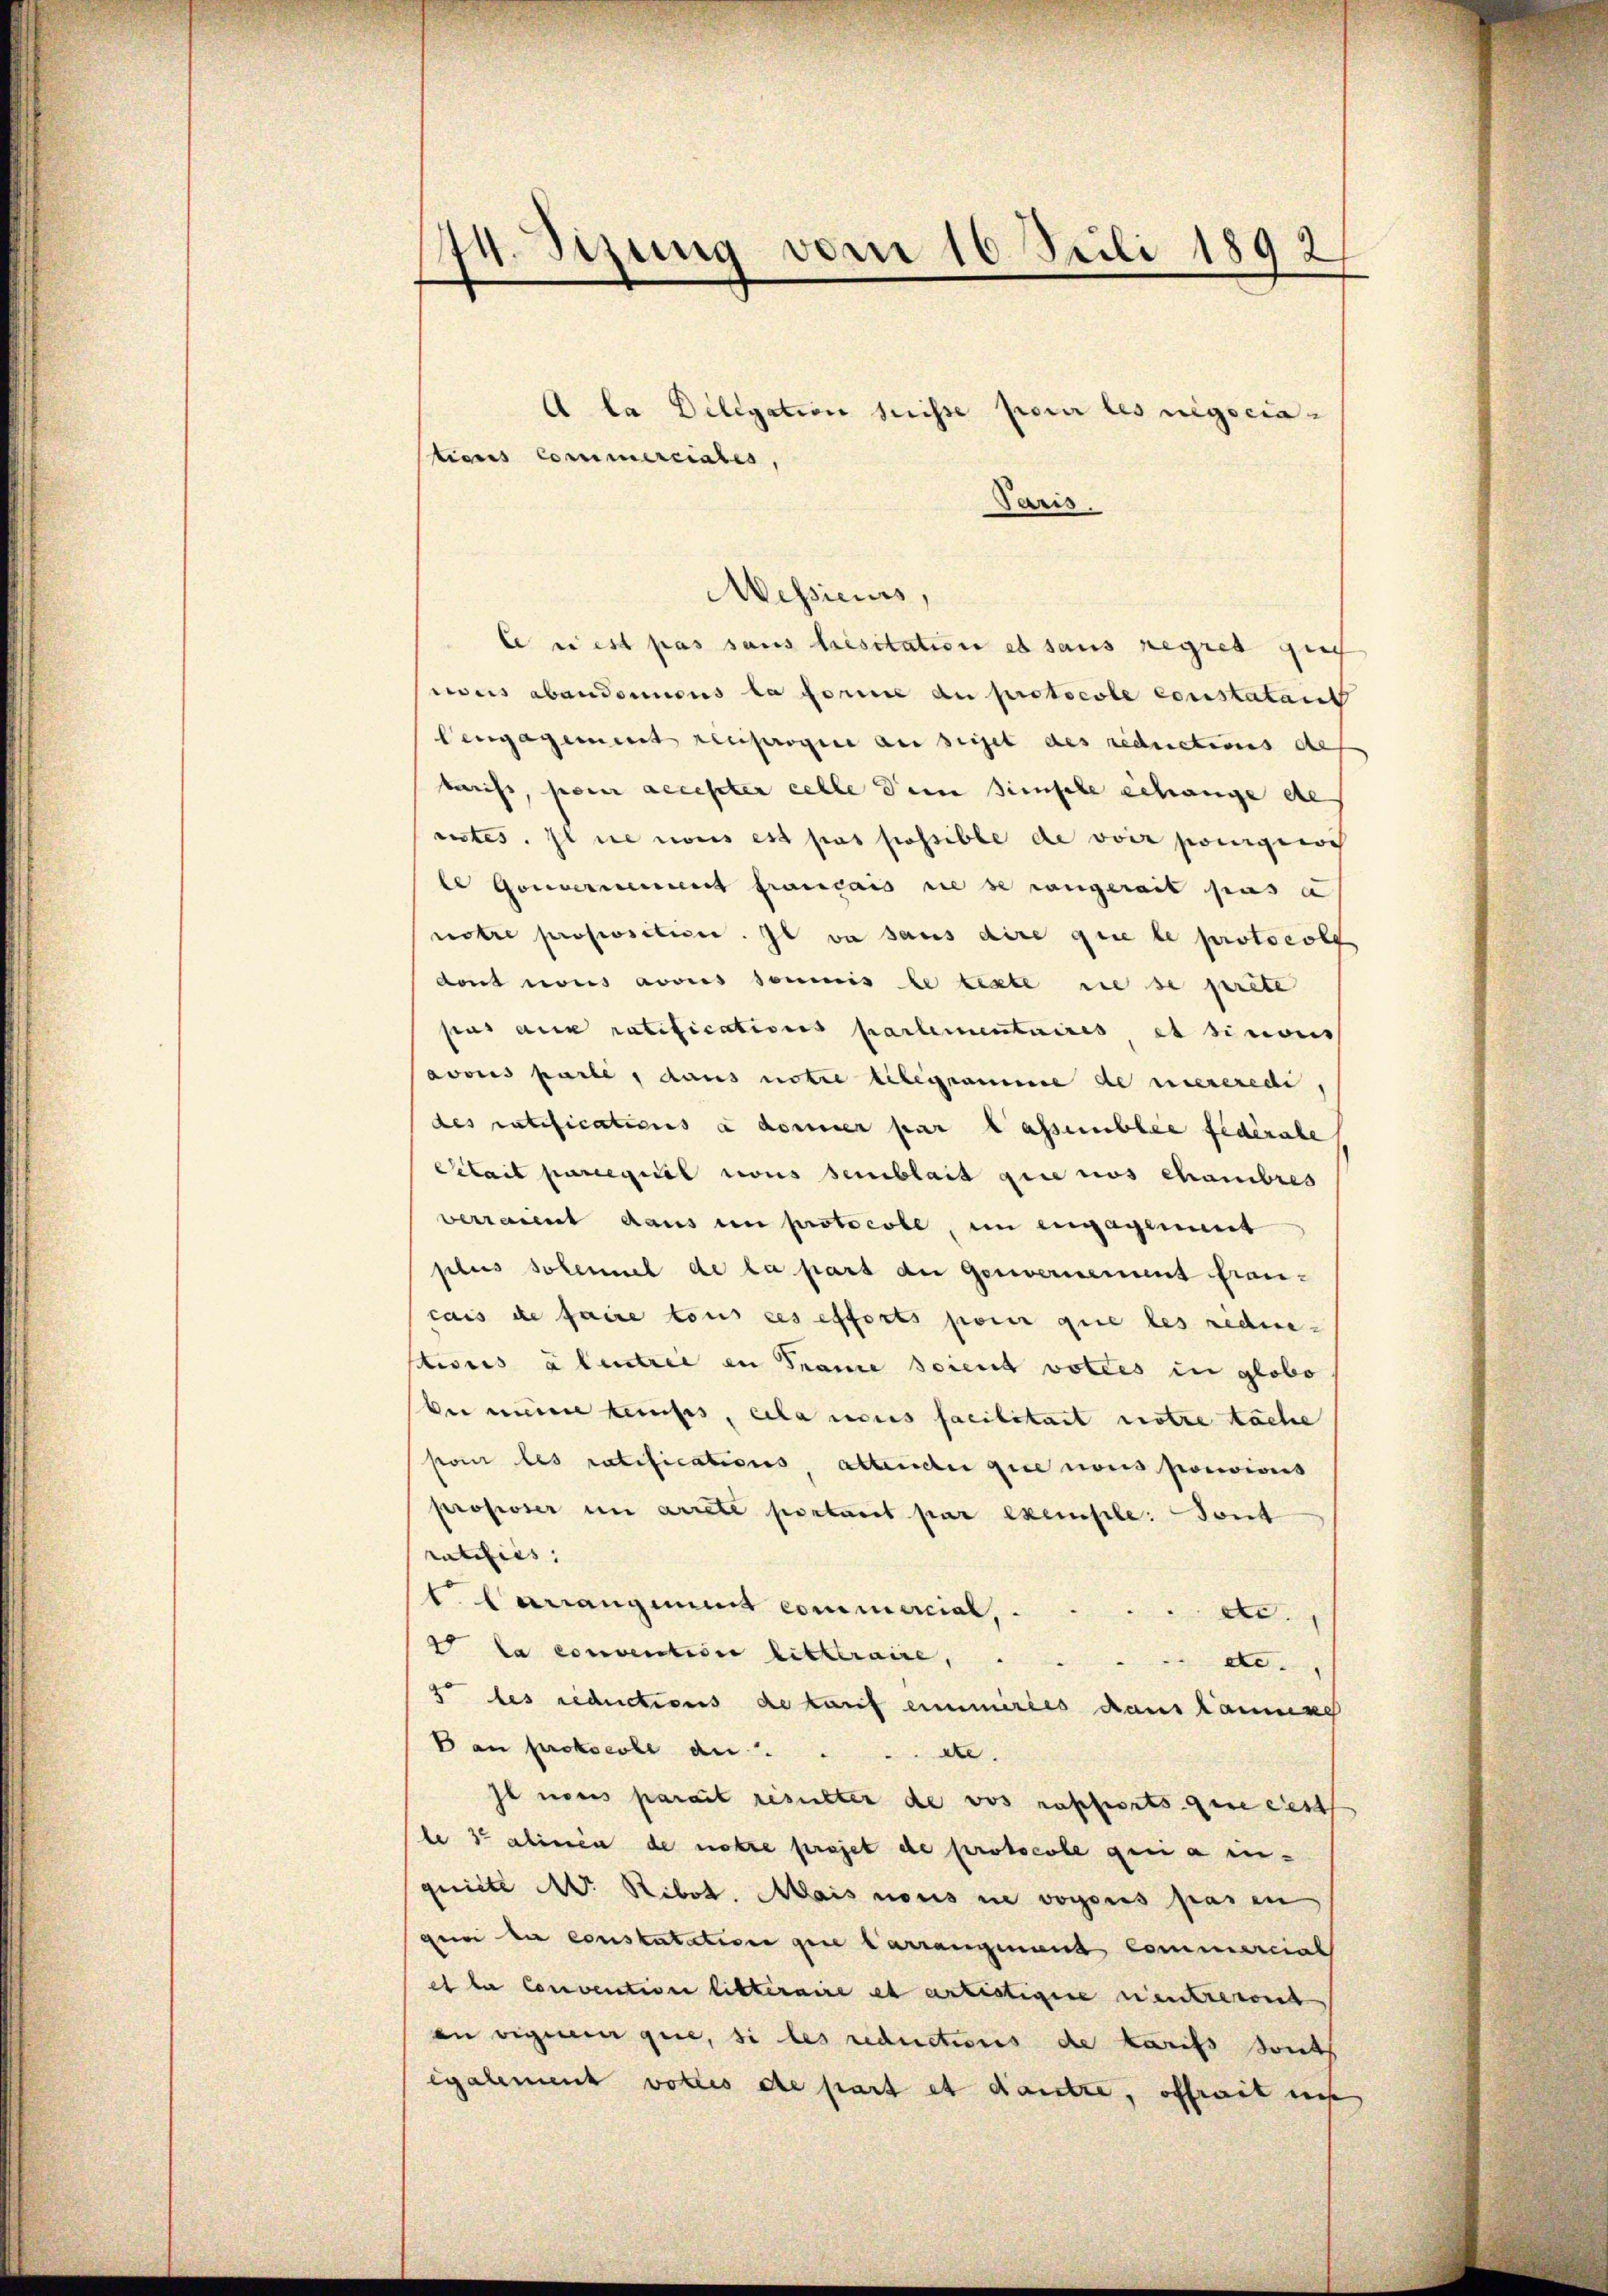
74. Sizung vom 16. Juli 1892

A la Dillgation heisse pour les negociations Commerciales,
Paris,
Messieurs,
le riest pas sans besitation es sans regres gu
cus abandoneous la forme au protocole constatant
Cengagement reuprogie an seiget des reductions de
kaufs, pour accepter celle dein Zinfele gehänge de
entes. Il ne nous est pas possible de voir pouigiioch
le Gouvernement français sie se rangerait pas a
notre proposition. Il va sans dire que le protocoll
dont nous avouis soumis le texte diese prete
pas au ratifications partementaires et sinonis
avouis parte, dans notre telegramme de unseredi,
des ratifications à donner par lassemblee fédérabe
Selait parregisel nous semblait gene nos chambres
verraient daus in protocoll, im engagement
plus solennel de la part der Genvernement francais de faire tous ces efforts pour que les redne-
ticis à tentrie in Tramie scient voties in globo
bei meine kaufes, cela nous facilitaet notre tache
poi les ratifications, altende gute nous porcions
proposer in arrete sentaret par exemple: Sont
ratifiés, |
l. lanaugment commercial, etc.
4 la convention litteraire,  .. ... etc.
5 les reductions de lauf eimmeries dans laune
Ban Protocole aus
Ie nous parait resulter de vos rafferts gere des
le 3 alinien de notre projet de protocole qui a inquitte Mr. Ribot. Mais nous in vogoris pas en
gei de constatation gene Carrangenand Commercial
et la Convention litteraire es artistigere entreront
an eigenen que, si les reductions de Karifs sonts
egalment vollis de part et dankte, offrait uns